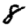
Digit: 8